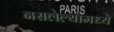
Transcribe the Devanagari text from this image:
नसलेल्यांमध्ये